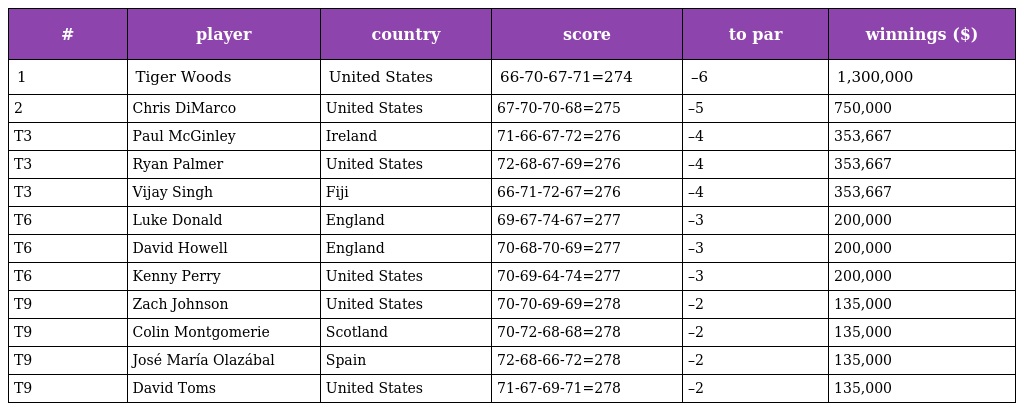
| # | player | country | score | to par | winnings ($) |
 | --- | --- | --- | --- | --- | --- |
 | 1 | Tiger Woods | United States | 66-70-67-71=274 | –6 | 1,300,000 |
 | 2 | Chris DiMarco | United States | 67-70-70-68=275 | –5 | 750,000 |
 | T3 | Paul McGinley | Ireland | 71-66-67-72=276 | –4 | 353,667 |
 | T3 | Ryan Palmer | United States | 72-68-67-69=276 | –4 | 353,667 |
 | T3 | Vijay Singh | Fiji | 66-71-72-67=276 | –4 | 353,667 |
 | T6 | Luke Donald | England | 69-67-74-67=277 | –3 | 200,000 |
 | T6 | David Howell | England | 70-68-70-69=277 | –3 | 200,000 |
 | T6 | Kenny Perry | United States | 70-69-64-74=277 | –3 | 200,000 |
 | T9 | Zach Johnson | United States | 70-70-69-69=278 | –2 | 135,000 |
 | T9 | Colin Montgomerie | Scotland | 70-72-68-68=278 | –2 | 135,000 |
 | T9 | José María Olazábal | Spain | 72-68-66-72=278 | –2 | 135,000 |
 | T9 | David Toms | United States | 71-67-69-71=278 | –2 | 135,000 |